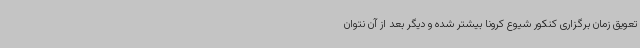
تعویق زمان برگزاری کنکور شیوع کرونا بیشتر شده و دیگر بعد از آن نتوان